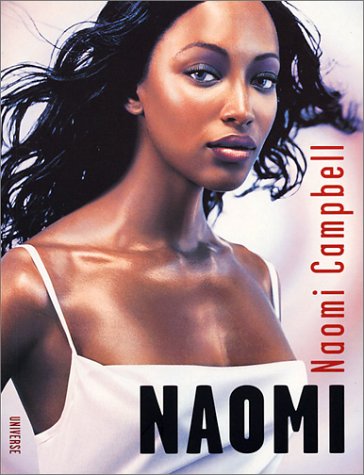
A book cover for Naomi; Naomi Campbell; Arts & Photography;